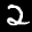
Label: 2